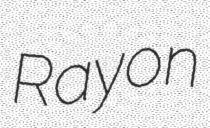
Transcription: Rayon